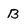
Character: B